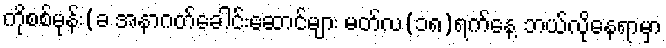
ကိုစစ်မုန်း(ခ အနာဂတ်ခေါင်းဆောင်များ မတ်လ(၁၈)ရက်နေ့ ဘယ်လိုနေရာမှာ